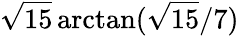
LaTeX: {\sqrt{15}}\arctan({{\sqrt{15}}/7})